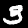
Label: 3